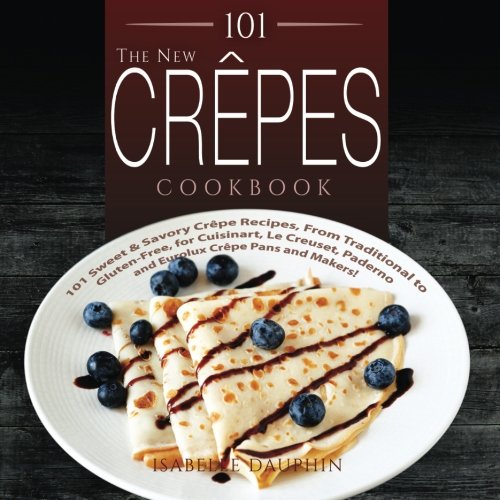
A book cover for The New Crepes Cookbook: 101 Sweet & Savory Crepe Recipes, From Traditional to Gluten-Free, for Cuisinart, LeCrueset, Paderno and Eurolux Crepe Pans and Makers! (Crepes and Crepe Makers) (Volume 1); Isabelle Dauphin; Cookbooks, Food & Wine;